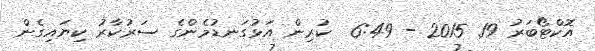
އޮކްޓޯބަރު 19